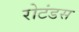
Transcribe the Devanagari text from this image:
रोटंडस